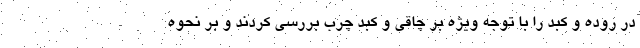
در روده و کبد را با توجه ویژه بر چاقی و کبد چرب بررسی کردند و بر نحوه